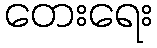
တေးရေး